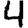
Digit: 4